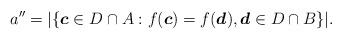
LaTeX: \begin{align*}a'' = |\{\boldsymbol{c} \in D\cap A : f(\boldsymbol{c})=f(\boldsymbol{d}),\boldsymbol{d} \in D\cap B\}|.\end{align*}